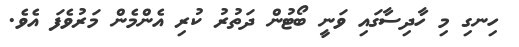
ހިނގި މި ހާދިސާގައި ވަނީ ބޯޓުން ދަތުރު ކުރި އެންމެން މަރުވެފަ އެވެ.